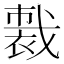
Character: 𧛦